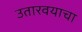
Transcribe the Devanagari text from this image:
उतारवयाचा